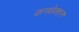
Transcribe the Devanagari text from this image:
कनवेक्शन